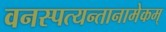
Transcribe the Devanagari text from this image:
वनस्पत्यन्तानामेकम्